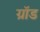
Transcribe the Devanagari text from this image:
ग्रॉड